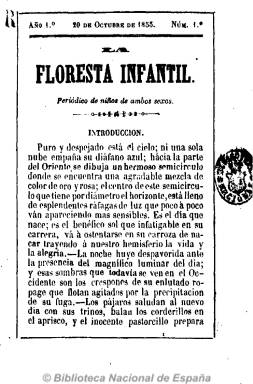
Título: La Floresta infantil
Colección: Revistas infantiles
Ámbito geográfico: Zaragoza
Lugar de publicación: Zaragoza
Fechas: 20/10/1855-20/12/1856

Con el subtítulo de “periódico de niños de ambos sexos”, es una de las cabeceras pioneras de la prensa pedagógica zaragozana y española. De 32 páginas y a una columna, aparece sin periodicidad fija, generalmente, una vez al mes. Incluye narraciones y cuentos destinados a los niños, así como charadas y máximas en verso, artículos divulgativos sobre historia o economía doméstica, folletines y, lo más llamativo, ejercicios gramaticales y de aritmética, así como algunos consejos.

Fue obra del maestro e inspector de Enseñanza vitoriano Valentín de Zabala y Argote (1823-1869), que jugó un papel destacado en instrucción de la capital aragonesa, posteriormente reconocido por sus discípulos, así como de los también maestros Desiderio Lázaro y Tomás Bernal. Aunque sus textos no llevan firma, uno de ellos está rubricado por María Pilar Argachal.

Empezó siendo estampado en la Imprenta del Instructor, a cargo de Santiago Ballés, nombre que había servido de título al primer periódico infantil zaragozano a partir de 1854, para salir después de las planchas de M. Garcés y, a partir del 20 de junio de 1856, de las de José Crespo.

La floresta… nació el 20 de octubre de 1855 y la colección de la BN llega hasta la edición del 20 de diciembre de 1856, correspondiente a la entrega 8 del segundo año. La Biblioteca José Sinués (Zaragoza) conserva la entrega 12, del 20 de abril de 1857.